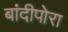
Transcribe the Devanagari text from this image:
बांदीपोरा